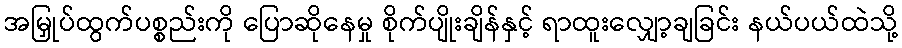
အမြှုပ်ထွက်ပစ္စည်းကို ပြောဆိုနေမှု စိုက်ပျိုးချိန်နှင့် ရာထူးလျှော့ချခြင်း နယ်ပယ်ထဲသို့